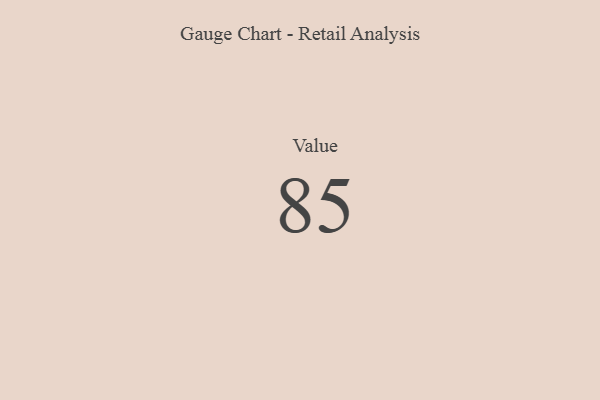
{"axis": {"x": "Metric", "y": "Value"}, "legend": [""], "data": [{"x": "Value", "y": 85, "type": ""}]}